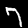
Label: 7